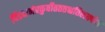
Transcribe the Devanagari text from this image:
पिंडदानंप्रकुर्वीतततश्चतिलतर्पणं